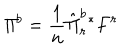
LaTeX: { \it \Pi } ^ { b } = \frac { 1 } { n } \hat { \Pi } _ { r } ^ { b } { ^ { \ast } F ^ { r } }